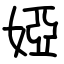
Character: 婭